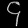
Digit: ၄